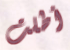
أطلت